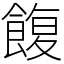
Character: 𩜲